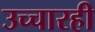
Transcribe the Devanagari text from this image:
उच्चारही